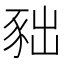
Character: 𧰹